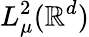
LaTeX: L_{\mu}^{2}(\mathbb R^{d})